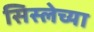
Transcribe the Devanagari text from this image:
सिस्लेच्या